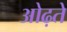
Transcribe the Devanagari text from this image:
ओढ़ते